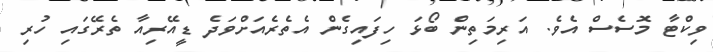
ވިކްޓާ މޮސެސް އެވެ. އަރިމަތިން ބޯޅަ ހިފައިގެން އެތެރެއަށްވަދެ ޑީއޭރިއާ ތެރޭގައި ހުރި